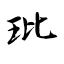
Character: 玭